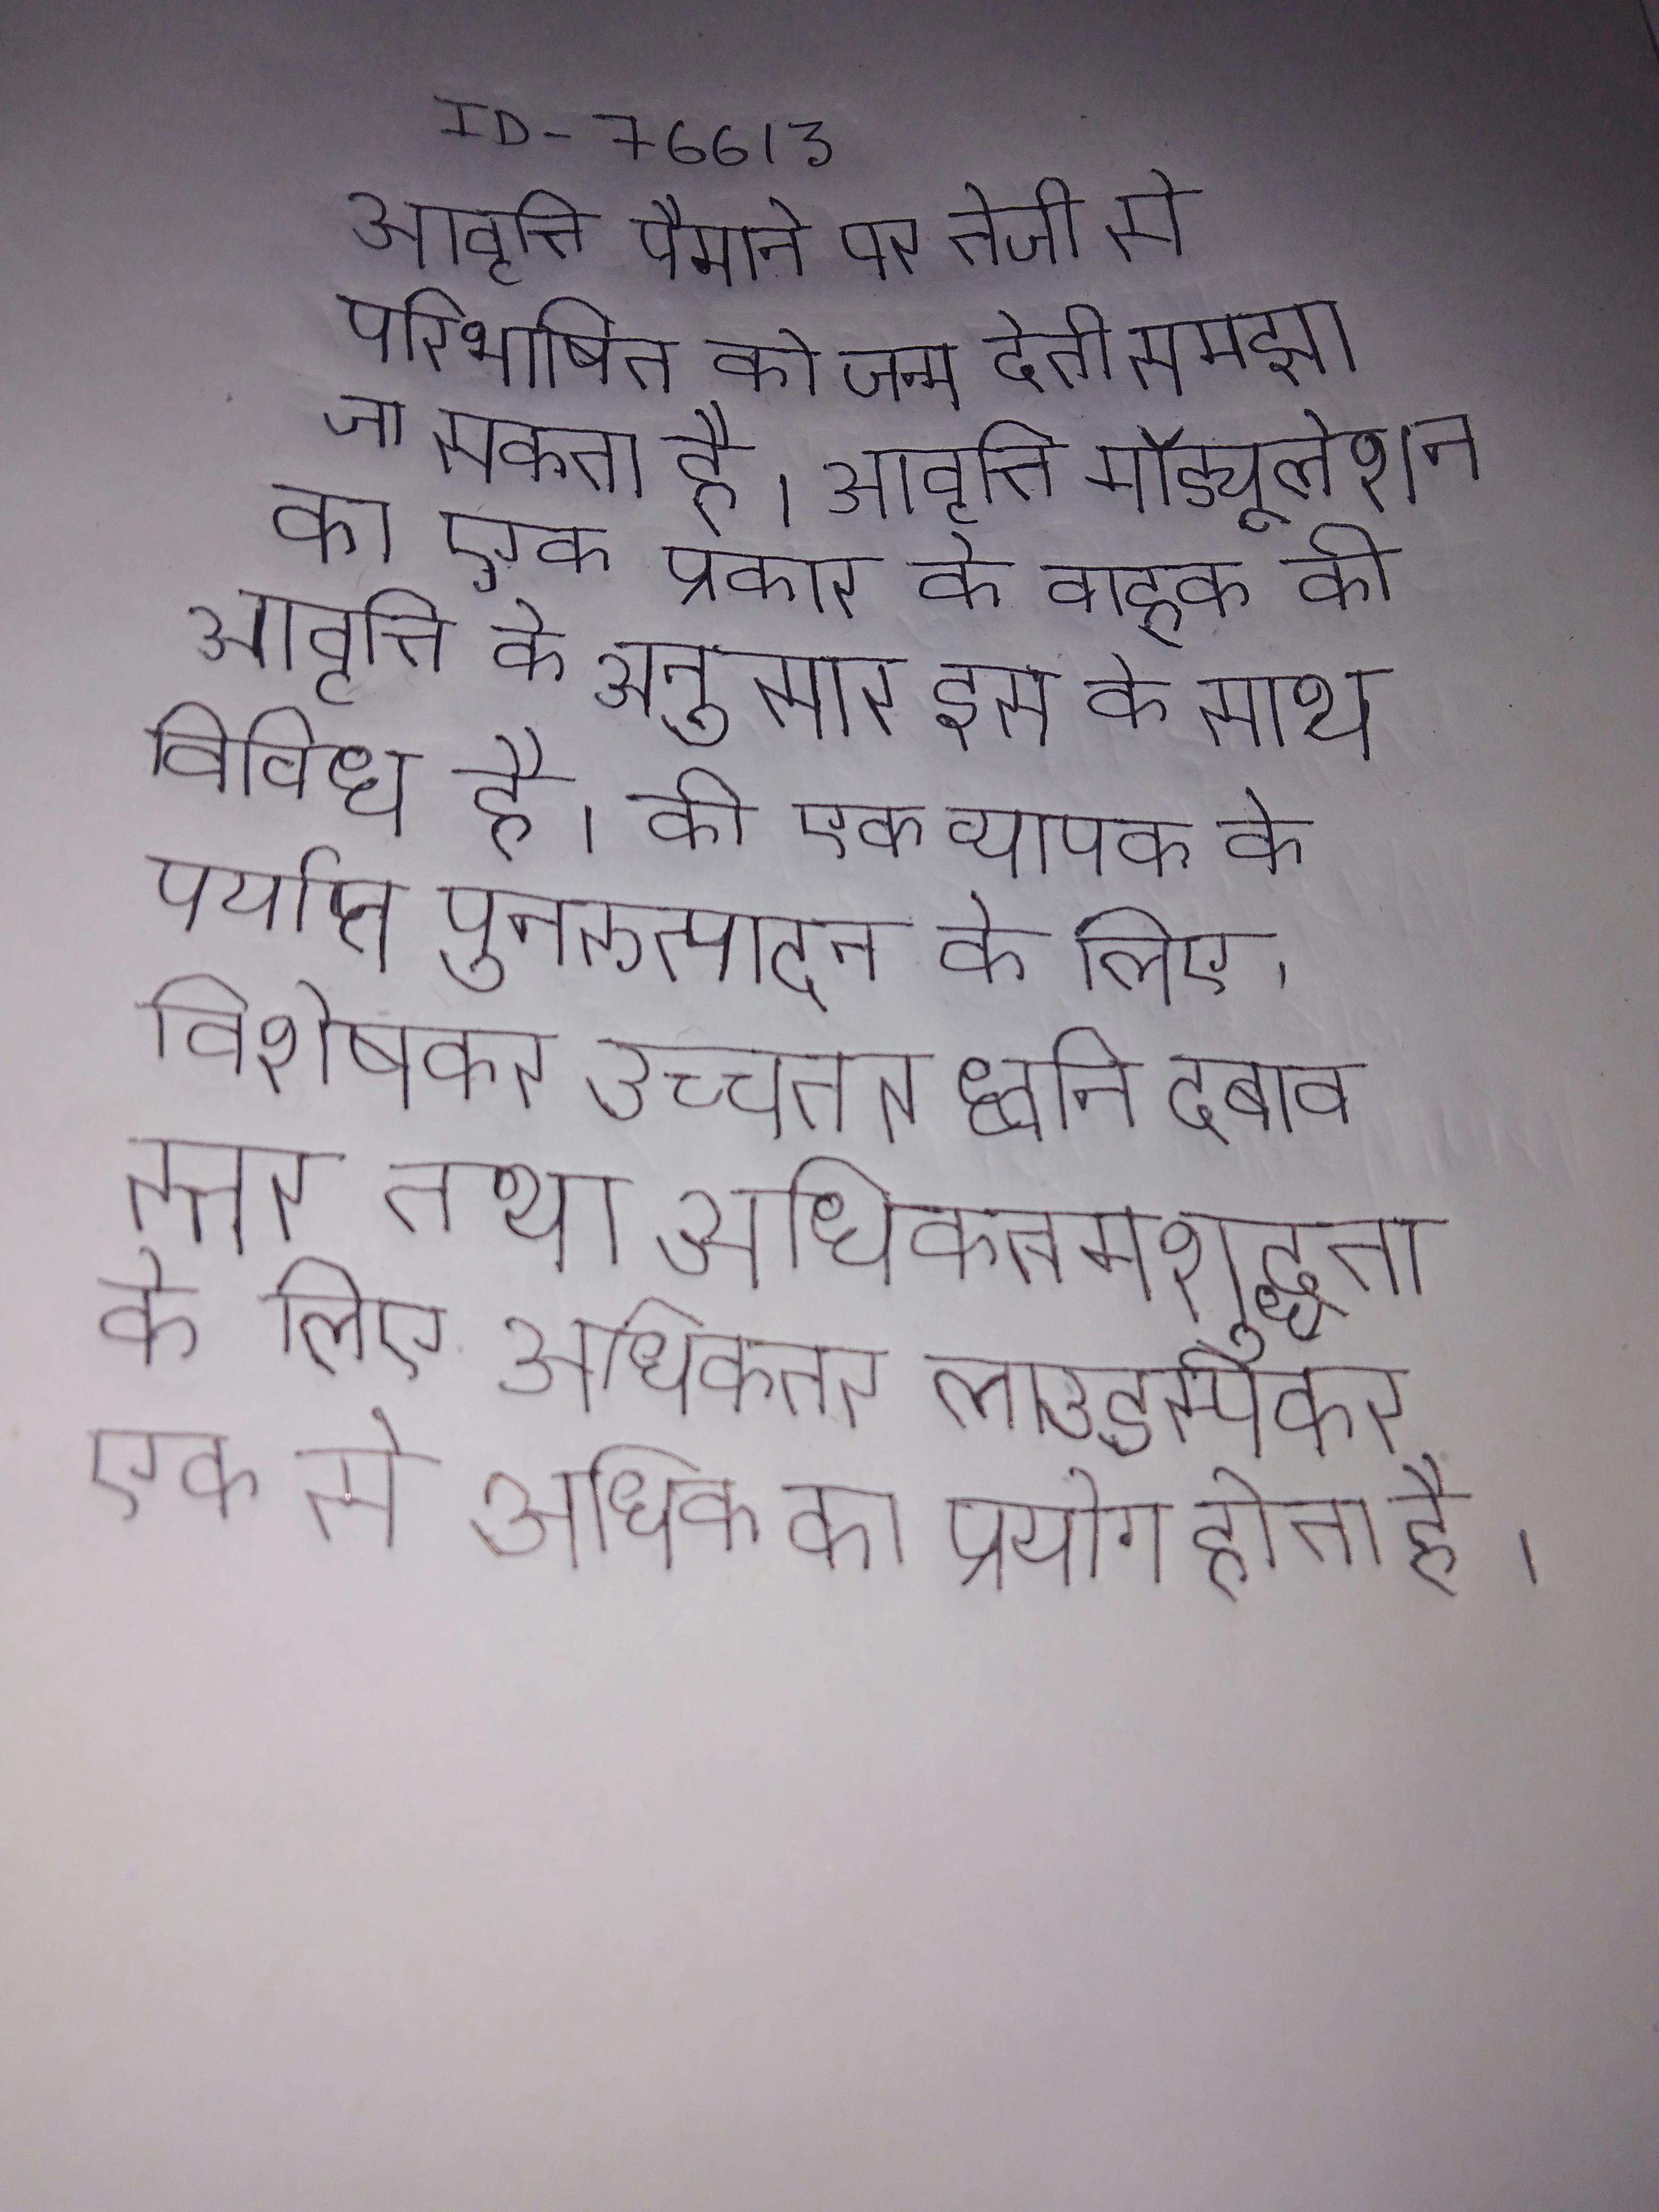
आवृत्ति पैमाने पर तेजी से परिभाषित को जन्म देती समझा जा सकता है । आवृत्ति मॉड्यूलेशन मॉडुलन) मॉडुलन का एक प्रकार के वाहक की आवृत्ति के अनुसार इस के साथ विविध है । की एक व्यापक के पर्याप्त पुनरुत्पादन के लिए, विशेषकर उच्चतर ध्वनि दबाव स्तर तथा अधिकतम शुद्धता के लिए अधिकतर लाउडस्पीकर एक से अधिक का प्रयोग होता है ।